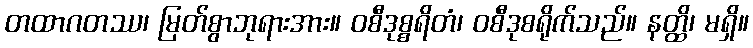
တထာဂတဿ၊ မြတ်စွာဘုရားအား။ ဝစီဒုစ္စရိတံ၊ ဝစီဒုစရိုက်သည်။ နတ္ထိ၊ မရှိ။